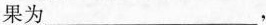
果为___，